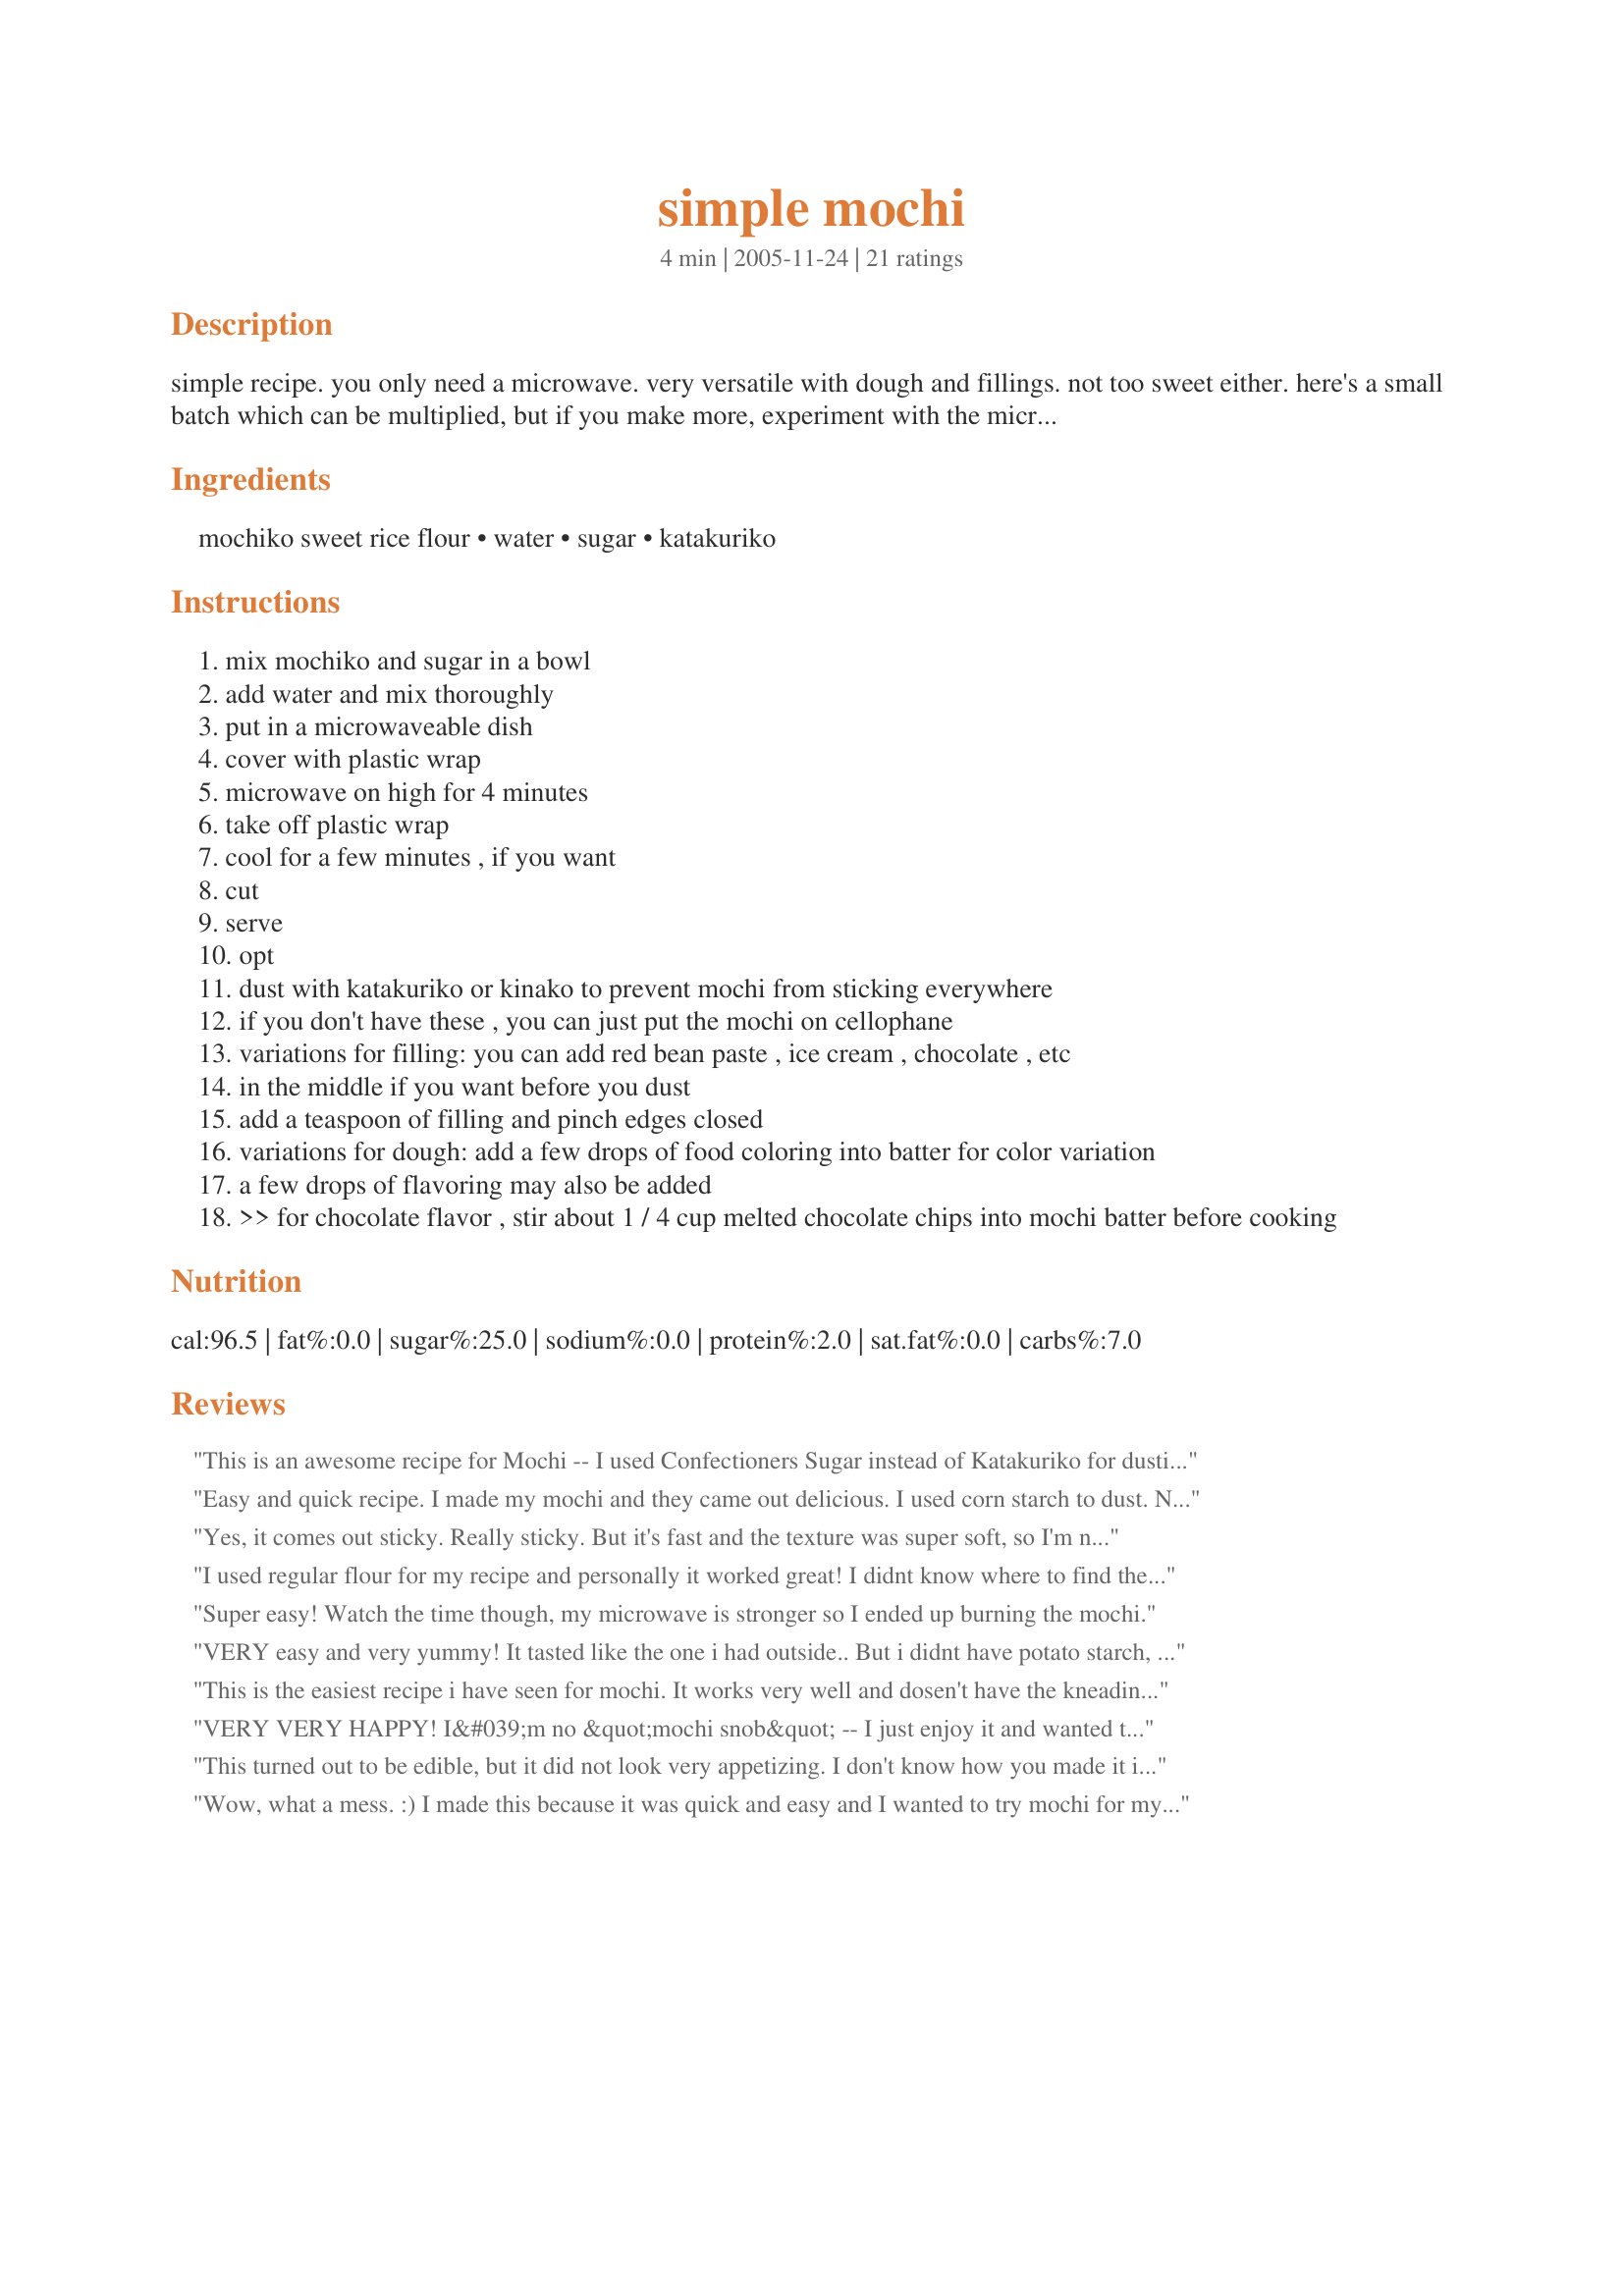
simple mochi
Preparation time: 4 minutes

simple recipe. you only need a microwave. very versatile with dough and fillings. not too sweet either. here's a small batch which can be multiplied, but if you make more, experiment with the microwave times.

Ingredients:
mochiko sweet rice flour, water, sugar, katakuriko

Steps:
mix mochiko and sugar in a bowl
add water and mix thoroughly
put in a microwaveable dish
cover with plastic wrap
microwave on high for 4 minutes
take off plastic wrap
cool for a few minutes , if you want
cut
serve
opt
dust with katakuriko or kinako to prevent mochi from sticking everywhere
if you don't have these , you can just put the mochi on cellophane
variations for filling: you can add red bean paste , ice cream , chocolate , etc
in the middle if you want before you dust
add a teaspoon of filling and pinch edges closed
variations for dough: add a few drops of food coloring into batter for color variation
a few drops of flavoring may also be added
>> for chocolate flavor , stir about 1 / 4 cup melted chocolate chips into mochi batter before cooking

Reviews:
This is an awesome recipe for Mochi -- I used Confectioners Sugar instead of Katakuriko for dusting, and it added a bit of sweetness while eliminating the stickiness entirely.
Easy and quick recipe. I made my mochi and they came out delicious. I used corn starch to dust. No mess. Thanks for your recipe
Yes, it comes out sticky. Really sticky. But it's fast and the texture was super soft, so I'm not complaining. Mine was so soft it went from balls to patties on my tray.

I left out some sugar and I shouldn't have. I'll use more next time, but that's a personal choice.

Thanks for the great recipe!
I used regular flour for my recipe and personally it worked great! I didnt know where to find the japanese ingredients but i just used regualar flour and it tasted great! i put peanut butter in the middle and ive never had a better snack.
Super easy! Watch the time though, my microwave is stronger so I ended up burning the mochi.
VERY easy and very yummy! It tasted like the one i had outside.. But i didnt have potato starch, so i used corn flour. But still very nice~ I had chocolate filling for mine and oh it tasted soooo good! Will definitely make it very very frequently.
This is the easiest recipe i have seen for mochi. It works very well and dosen't have the kneading and watching that others do. Now, if only someone could tell me how to get it into neat balls without it sticking to everything and how to get it off walls and ceilings.
VERY VERY HAPPY! I&#039;m no &quot;mochi snob&quot; -- I just enjoy it and wanted to try to make it. Loved the ease and speed of the recipe! Very happy with the gummy texture and the amount the recipe makes is perfect for at home. They did harden after 4 or 5 days, so I wouldn&#039;t double the recipe unless bringing them somewhere. I filled with bean paste and enjoyed them. Today, I&#039;m trying chocolate mochi with hazlenut spread and a cherry... can&#039;t wait. Thanks for the recipe. Looking forward to trying to make a plain cherry filling eventually, but will have to research filling info to try to see what would work best.
This turned out to be edible, but it did not look very appetizing. I don't know how you made it into a round shape or how you made it look ok, but I would revise this recipe a lot.
Wow, what a mess. :) I made this because it was quick and easy and I wanted to try mochi for myself. This was fairly easy but I made a big mess. I used cornstarch and I got it everywhere because I stuffed my mochi balls with chocolate chips while it was still warm. Easy, yummy, the kids love it.. but I made a mess. :) I think I'll make orange or cherry flavoured next time, and find something better to cook it in than a casserole dish!
Tried it twice and got thoroughly baked mochi both times. The flavor was delicious, but the texture was more like the bread in bread pudding than mochi I have had before.
Yay Mochi, remember most mochi is served cool, and by then this recipe is just like the real stuff. AWSOME!
I had tried another mochi recipe which came out more cake-like. I loved how simple this was to make, and that there was no kneading involved. (yay!) I used gluten free rice flour(it's what I had available), also I added a drop of red food coloring and a tiny bit of vanilla flavoring. The only thing I had to adjust was the cooking time. I needed an extra minute in the microwave to fully cook the center. I cheated as far as dusting goes, I coated my hands in powdered sugar (didn't have potato starch so I had to improvise) and then rolled the dough into balls. I have to say they were very yummy! I don't think the change in the flour affected it at all. Thank you for posting the recipe!
I would say my teenage son and I are "Mochi Snobs" except, considering the wildest version of this has all of half a dozen ingredients, there's not much to be snobbish about. At best, Mochi is (let's face it) a mildly sweet, mildly satisfying, rice-based gummy... thing. And at its worst, well, it pretty much gets the same description.<br/><br/>That said, I live near enough to Manhattan's midtown "Korea Town" and we frequent the Asian market there which sells mochi in ever permutation and incarnation imaginable. So we've tasted hundreds of gut-busting pounds of the stuff over time, and decided this holds up and works well in a pinch when you NEED mochi.<br/><br/>We found it too pasty so it's not getting my highest rating. We did it stove top to avoid some of the uncooked aspects most of you had offered as downfalls of this, and I think it helped with the extra heat time (total: 5 or 6 minutes) and mixing. However next time I will double the water to extend the dough's open-time thus giving it more of a chance to really cook through.<br/><br/>A Pam-sprayed ice cube tray makes the perfect interesting bite-sized bits, and freezer time will just help it set that much more quickly.<br/><br/>For a good saturday evening "why not, let's try it" thing, I give it an extra star above the 3 I'd normally grant. Thanks for sharing!
This is a very simple and versatile recipe. If you plan to stuff it with filling, it is very sticky to handle, especially when it is warm/hot. Just have to be patient and dust it with the potato starch after filling each one. I tried filling them with peanut butter. It was awesome! And will try other fillings such as strawberry jam and red bean paste, etc. Thank you for this great recipe. I can now make it whenever I feel like having mochi.
I've had a lot of mochi in my day and unfortunately I have to rate this recipe a 2. It was not sweet enough. There needs to be a certain amount of sugar to kind of override the taste of the rice flour and I found it to just taste really doughy and not enough like a dessert. The dough was a pretty good consistency, but it really did need more sugar to appeal to most mochi fans. 

Also, nice profile. Who refers to themselves as 'ridiculously smart', anyway? Gah.
Thank you for this recipe! It is so easy and it can be tweaked for anyone's liking. I used coconut in mine after reading it in another recipe. I use 2 parts flour, 2 parts liquid (coconut milk, water, evaporated milk, etc), and 1 part sugar. I also add butter and rum flavoring to mine. Very tasty! It's even easier to microwave in a ceramic casserole dish with a glass lid so there's no messing with/wasting of plastic wrap.

The one thing that bothers me is that no matter what I do it still has a floury flavor.
It's yummy, and very sweet compared to mochi I have purchased at asian markets. I ground my own rice flour, from calrose rice, so that's probably why the flour separated out and made a weird layer on the bottom. I'll grind it finer next time.
I must have done something seriously wrong because my batch came out slightly gritty with a heavy paste texture. It was entirely inedible
4 minutes is too long, mochi become hard. I tried them, and they are not sweet enough. I had to throw them away. Also I had a hard time rolling into a ball, maybe because it hardens. Tried with ice-cream, ice-cream melts too fast eventhough mochi has been cooled down. Cannot seal mochi, turned out super messy. I give up.
THE BEST mochi recipe out there! It is so easy to make, and very quick, too. I suggest using a small spring loaded ice cream scoop to get the perfect round shape! You can make it look like the classic kind you buy by adding a little pink food colouring.
